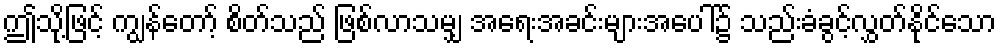
ဤသို့ဖြင့် ကျွန်တော့် စိတ်သည် ဖြစ်လာသမျှ အရေးအခင်းများအပေါ်၌ သည်းခံခွင့်လွှတ်နိုင်သော